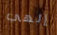
إلهي